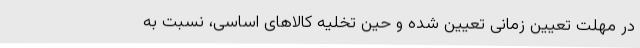
در مهلت تعیین زمانی تعیین شده و حین تخلیه کالاهای اساسی، نسبت به